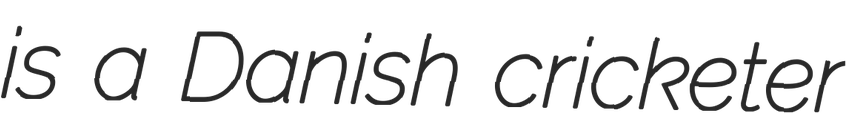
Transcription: is a Danish cricketer